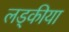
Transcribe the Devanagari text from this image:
लड्कीया